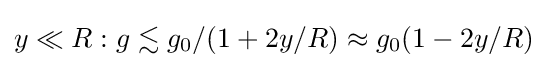
{\textstyle y\ll R:g\lesssim g_{0}/(1+2y/R)\approx g_{0}(1-2y/R)}